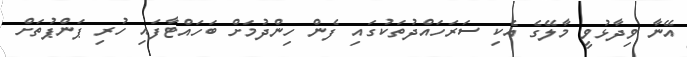
އޭނާ ވިދާޅުވީ މާލޭގެ އެކި ސަރަހައްދުތަކުގައި ފެން ހިންދުމަށް ބަހައްޓާފައި ހުރި ޕަންޕުތަށް